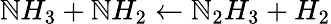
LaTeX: \mathbb{N}H_{3}+\mathbb{N}H_{2}\leftarrow\mathbb{N}_{2}H_{3}+H_{2}